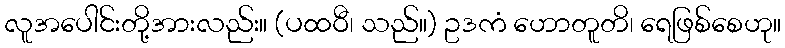
လူအပေါင်းတို့အားလည်း။ (ပထဝီ၊ သည်။) ဥဒကံ ဟောတူတိ၊ ရေဖြစ်စေဟု။